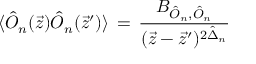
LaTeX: \langle \hat { { \cal O } } _ { n } ( \vec { z } ) \hat { { \cal O } } _ { n } ( \vec { z } ^ { \prime } ) \rangle \, = \, \frac { B _ { { \hat { { \cal O } } _ { n } } , \hat { { \cal O } } _ { n } } } { ( \vec { z } - \vec { z } ^ { \prime } ) ^ { 2 \hat { \Delta } _ { n } } } \,